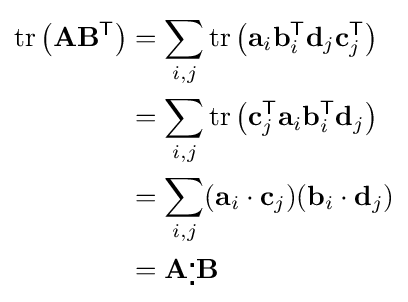
{\begin{aligned}\operatorname {tr} \left(\mathbf {A} \mathbf {B} ^{\mathsf {T}}\right)&=\sum _{i,j}\operatorname {tr} \left(\mathbf {a} _{i}\mathbf {b} _{i}^{\mathsf {T}}\mathbf {d} _{j}\mathbf {c} _{j}^{\mathsf {T}}\right)\\&=\sum _{i,j}\operatorname {tr} \left(\mathbf {c} _{j}^{\mathsf {T}}\mathbf {a} _{i}\mathbf {b} _{i}^{\mathsf {T}}\mathbf {d} _{j}\right)\\&=\sum _{i,j}(\mathbf {a} _{i}\cdot \mathbf {c} _{j})(\mathbf {b} _{i}\cdot \mathbf {d} _{j})\\&=\mathbf {A} {}_{\centerdot }^{\centerdot }\mathbf {B} \end{aligned}}